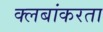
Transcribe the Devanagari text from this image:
क्लबांकरता